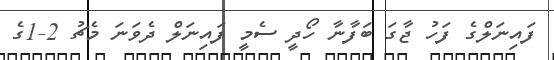
ފައިނަލްގެ ފަހު ޖާގަ ބަފާނާ ހޯދީ ސެމީ ފައިނަލް ދެވަނަ މެޗު 2-1ގެ